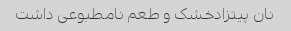
نان پیتزادخشک و طعم نامطبوعی داشت